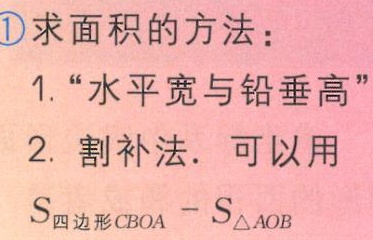
\textcircled{1}求面积的方法：

1.“水平宽与铅垂高”

2. 割补法. 可以用

$S_{四边形CBOA}-S_{\triangle AOB}$